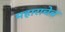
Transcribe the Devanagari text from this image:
महाराचेच